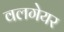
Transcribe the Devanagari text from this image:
वलगेयर